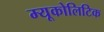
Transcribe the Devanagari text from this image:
म्यूकोलिटिक